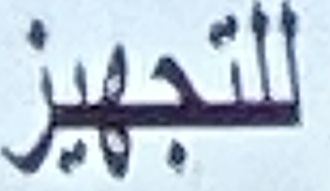
للتجهیز